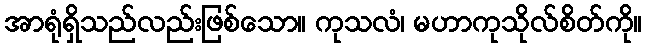
အာရုံရှိသည်လည်းဖြစ်သော။ ကုသလံ၊ မဟာကုသိုလ်စိတ်ကို။